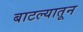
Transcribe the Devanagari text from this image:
बाटल्यातून